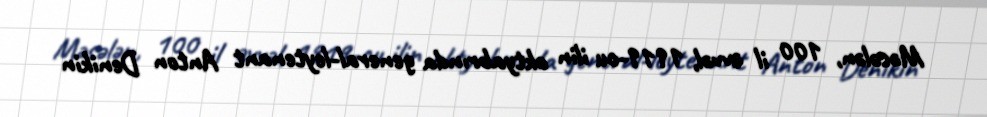
Məsələn, 100 il əvvəl, 1919-cu ilin oktyabrında general-leytenant Anton Denikin